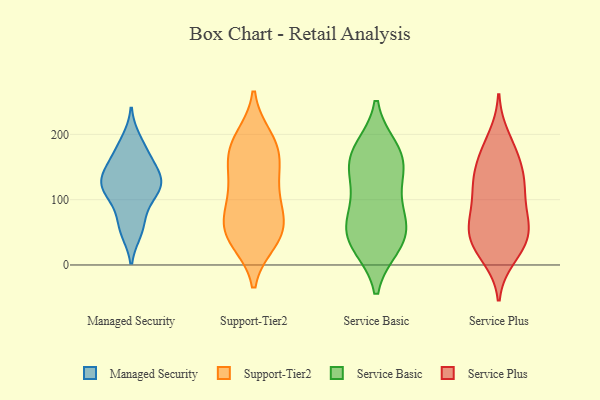
{"axis": {"x": "Budget (USD K)", "y": "Value"}, "legend": ["Managed Security", "Service Basic", "Service Plus", "Support-Tier2"], "data": [{"x": "", "y": 130, "type": "Managed Security"}, {"x": "", "y": 108, "type": "Managed Security"}, {"x": "", "y": 122, "type": "Managed Security"}, {"x": "", "y": 192, "type": "Managed Security"}, {"x": "", "y": 82, "type": "Managed Security"}, {"x": "", "y": 126, "type": "Managed Security"}, {"x": "", "y": 174, "type": "Managed Security"}, {"x": "", "y": 152, "type": "Managed Security"}, {"x": "", "y": 130, "type": "Managed Security"}, {"x": "", "y": 112, "type": "Managed Security"}, {"x": "", "y": 56, "type": "Managed Security"}, {"x": "", "y": 51, "type": "Managed Security"}, {"x": "", "y": 158, "type": "Managed Security"}, {"x": "", "y": 88, "type": "Support-Tier2"}, {"x": "", "y": 165, "type": "Support-Tier2"}, {"x": "", "y": 192, "type": "Support-Tier2"}, {"x": "", "y": 44, "type": "Support-Tier2"}, {"x": "", "y": 36, "type": "Support-Tier2"}, {"x": "", "y": 134, "type": "Support-Tier2"}, {"x": "", "y": 177, "type": "Support-Tier2"}, {"x": "", "y": 43, "type": "Support-Tier2"}, {"x": "", "y": 195, "type": "Support-Tier2"}, {"x": "", "y": 74, "type": "Support-Tier2"}, {"x": "", "y": 85, "type": "Support-Tier2"}, {"x": "", "y": 59, "type": "Support-Tier2"}, {"x": "", "y": 172, "type": "Support-Tier2"}, {"x": "", "y": 116, "type": "Support-Tier2"}, {"x": "", "y": 137, "type": "Support-Tier2"}, {"x": "", "y": 44, "type": "Support-Tier2"}, {"x": "", "y": 69, "type": "Service Basic"}, {"x": "", "y": 127, "type": "Service Basic"}, {"x": "", "y": 38, "type": "Service Basic"}, {"x": "", "y": 58, "type": "Service Basic"}, {"x": "", "y": 159, "type": "Service Basic"}, {"x": "", "y": 153, "type": "Service Basic"}, {"x": "", "y": 31, "type": "Service Basic"}, {"x": "", "y": 38, "type": "Service Basic"}, {"x": "", "y": 176, "type": "Service Basic"}, {"x": "", "y": 170, "type": "Service Basic"}, {"x": "", "y": 91, "type": "Service Basic"}, {"x": "", "y": 57, "type": "Service Plus"}, {"x": "", "y": 172, "type": "Service Plus"}, {"x": "", "y": 64, "type": "Service Plus"}, {"x": "", "y": 112, "type": "Service Plus"}, {"x": "", "y": 154, "type": "Service Plus"}, {"x": "", "y": 195, "type": "Service Plus"}, {"x": "", "y": 173, "type": "Service Plus"}, {"x": "", "y": 120, "type": "Service Plus"}, {"x": "", "y": 79, "type": "Service Plus"}, {"x": "", "y": 21, "type": "Service Plus"}, {"x": "", "y": 58, "type": "Service Plus"}, {"x": "", "y": 41, "type": "Service Plus"}, {"x": "", "y": 32, "type": "Service Plus"}, {"x": "", "y": 130, "type": "Service Plus"}, {"x": "", "y": 12, "type": "Service Plus"}, {"x": "", "y": 74, "type": "Service Plus"}, {"x": "", "y": 135, "type": "Service Plus"}, {"x": "", "y": 34, "type": "Service Plus"}, {"x": "", "y": 118, "type": "Service Plus"}]}